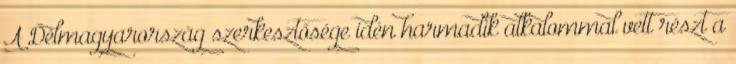
A Délmagyarország szerkesztősége idén harmadik alkalommal vett részt a